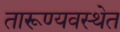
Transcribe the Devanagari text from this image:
तारूण्यवस्थेत